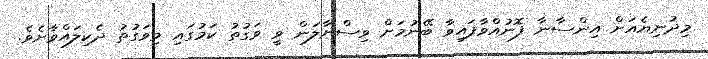
މިދުނިޔެއަށް އިންސާނާ ފޮނުއްވާފައިވާ ބޭނުމަށް ވިސްނާލަން ވީ ވަގުތު ކަމުގައި މިވަގުތު ދެކިލައްވާށެވެ.